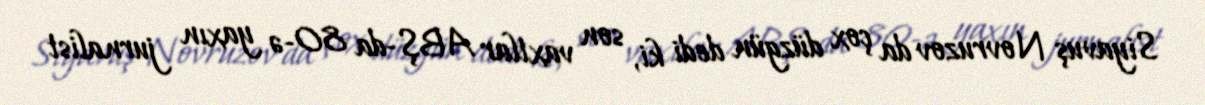
Siyavuş Novruzov da çox düzgün dedi ki, son vaxtlar ABŞ-da 80-ə yaxın jurnalist